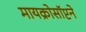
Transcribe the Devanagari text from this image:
मायक्रोसॉप्टने